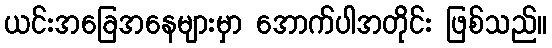
ယင်းအခြေအနေများမှာ အောက်ပါအတိုင်း ဖြစ်သည်။